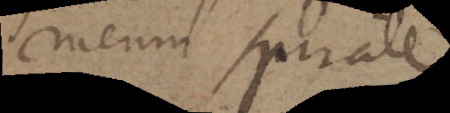
meum spirale